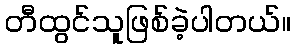
တီထွင်သူဖြစ်ခဲ့ပါတယ်။